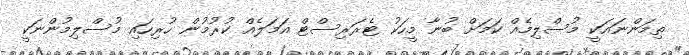
ތިމަންނައަކީ މުސްލިމެއް ކަމަށް ބުނާ މީހަކު ޓެރަރިސްޓް އަމަލެއް ކުރުމުން ހުރިހައި މުސްލިމުންނަކީ